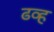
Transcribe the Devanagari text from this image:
ढव्ह